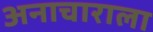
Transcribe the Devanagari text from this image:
अनाचाराला